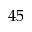
4 5